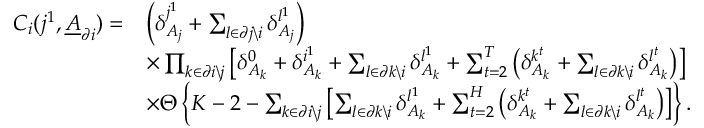
\begin{array} { r l } { C _ { i } ( j ^ { 1 } , \underline { { A } } _ { \partial i } ) = } & { \left( \delta _ { A _ { j } } ^ { j ^ { 1 } } + \sum _ { l \in \partial j \backslash i } \delta _ { A _ { j } } ^ { l ^ { 1 } } \right) } \\ & { \times \prod _ { k \in \partial i \backslash j } \left[ \delta _ { A _ { k } } ^ { 0 } + \delta _ { A _ { k } } ^ { i ^ { 1 } } + \sum _ { l \in \partial k \backslash i } \delta _ { A _ { k } } ^ { l ^ { 1 } } + \sum _ { t = 2 } ^ { T } \left( \delta _ { A _ { k } } ^ { k ^ { t } } + \sum _ { l \in \partial k \backslash i } \delta _ { A _ { k } } ^ { l ^ { t } } \right) \right] } \\ & { \times \Theta \left\{ K - 2 - \sum _ { k \in \partial i \backslash j } \left[ \sum _ { l \in \partial k \backslash i } \delta _ { A _ { k } } ^ { l ^ { 1 } } + \sum _ { t = 2 } ^ { H } \left( \delta _ { A _ { k } } ^ { k ^ { t } } + \sum _ { l \in \partial k \backslash i } \delta _ { A _ { k } } ^ { l ^ { t } } \right) \right] \right\} . } \end{array}